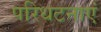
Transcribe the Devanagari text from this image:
परिधटनाएं